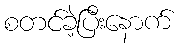
စတင်ခဲ့ပြီးနောက်